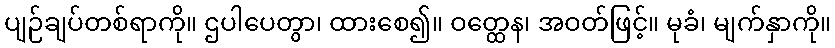
ပျဉ်ချပ်တစ်ရာကို။ ဌပါပေတွာ၊ ထားစေ၍။ ဝတ္ထေန၊ အဝတ်ဖြင့်။ မုခံ၊ မျက်နှာကို။